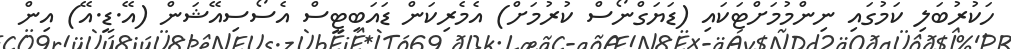
ހަކުރުބަލި ކަމުގައި ނިންމުމަށްޓަކައި (ޑަޔަގްނޯސް ކުރުމަށް) އެމެރިކަން ޑައަބިޓީސް އެސޯސިއޭޝަން (އޭ.ޑީ.އޭ) އިން